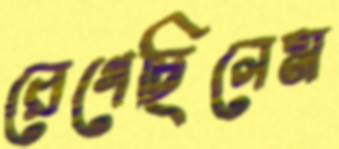
রেগেছিলেম